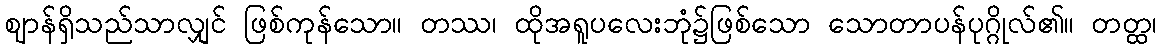
ဈာန်ရှိသည်သာလျှင် ဖြစ်ကုန်သော။ တဿ၊ ထိုအရူပလေးဘုံ၌ဖြစ်သော သောတာပန်ပုဂ္ဂိုလ်၏။ တတ္ထ၊